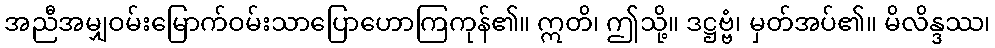
အညီအမျှဝမ်းမြောက်ဝမ်းသာပြောဟောကြကုန်၏။ ဣတိ၊ ဤသို့။ ဒဋ္ဌဗ္ဗံ၊ မှတ်အပ်၏။ မိလိန္ဒဿ၊